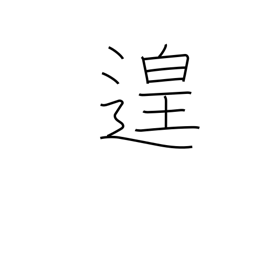
Meaning: leisure